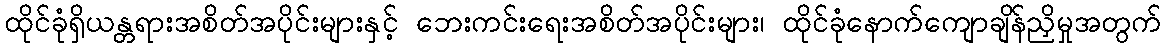
ထိုင်ခုံရှိယန္တရားအစိတ်အပိုင်းများနှင့် ဘေးကင်းရေးအစိတ်အပိုင်းများ၊ ထိုင်ခုံနောက်ကျောချိန်ညှိမှုအတွက်